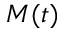
M ( t )